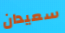
سعيدان